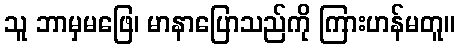
သူ ဘာမှမဖြေ၊ မာနာပြောသည်ကို ကြားဟန်မတူ။